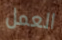
العمل